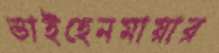
ভাইহেনমায়ার